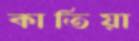
কাতিয়া